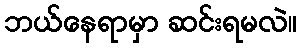
ဘယ်နေရာမှာ ဆင်းရမလဲ။